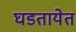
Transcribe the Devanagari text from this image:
घडतायेत